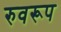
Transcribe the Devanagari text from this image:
रुवरूप